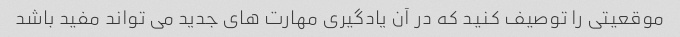
موقعیتی را توصیف کنید که در آن یادگیری مهارت های جدید می تواند مفید باشد